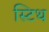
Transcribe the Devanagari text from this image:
स्टिथ